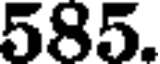
585.